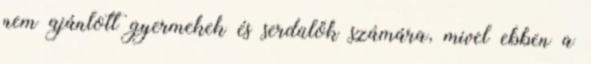
nem ajánlott gyermekek és serdülők számára, mivel ebben a